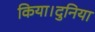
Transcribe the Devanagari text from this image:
किया।दुनिया